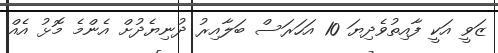
ޒަވީ އަކީ ފާއިތުވެދިޔަ 10 އަހަރަސް ބަލާއިރު ދުނިޔެދުށް އެންމެ މޮޅު އެއް